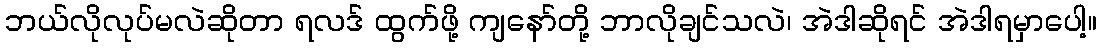
ဘယ်လိုလုပ်မလဲဆိုတာ ရလဒ် ထွက်ဖို့ ကျနော်တို့ ဘာလိုချင်သလဲ၊ အဲဒါဆိုရင် အဲဒါရမှာပေါ့။